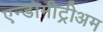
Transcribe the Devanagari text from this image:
एन्डोमीट्रीअम